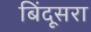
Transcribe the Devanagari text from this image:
बिंदूसरा